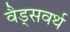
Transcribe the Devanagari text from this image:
वैड्सवर्थ